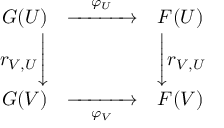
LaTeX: \begin{array} { r c l } { G ( U ) } & { { \xrightarrow { \quad \varphi _ { U } \quad } } } & { F ( U ) } \\ { r _ { V , U } { \Biggl \downarrow } } & { } & { { \Biggl \downarrow } r _ { V , U } } \\ { G ( V ) } & { { \xrightarrow [ { \quad \varphi _ { V } \quad } ] { } } } & { F ( V ) } \end{array}